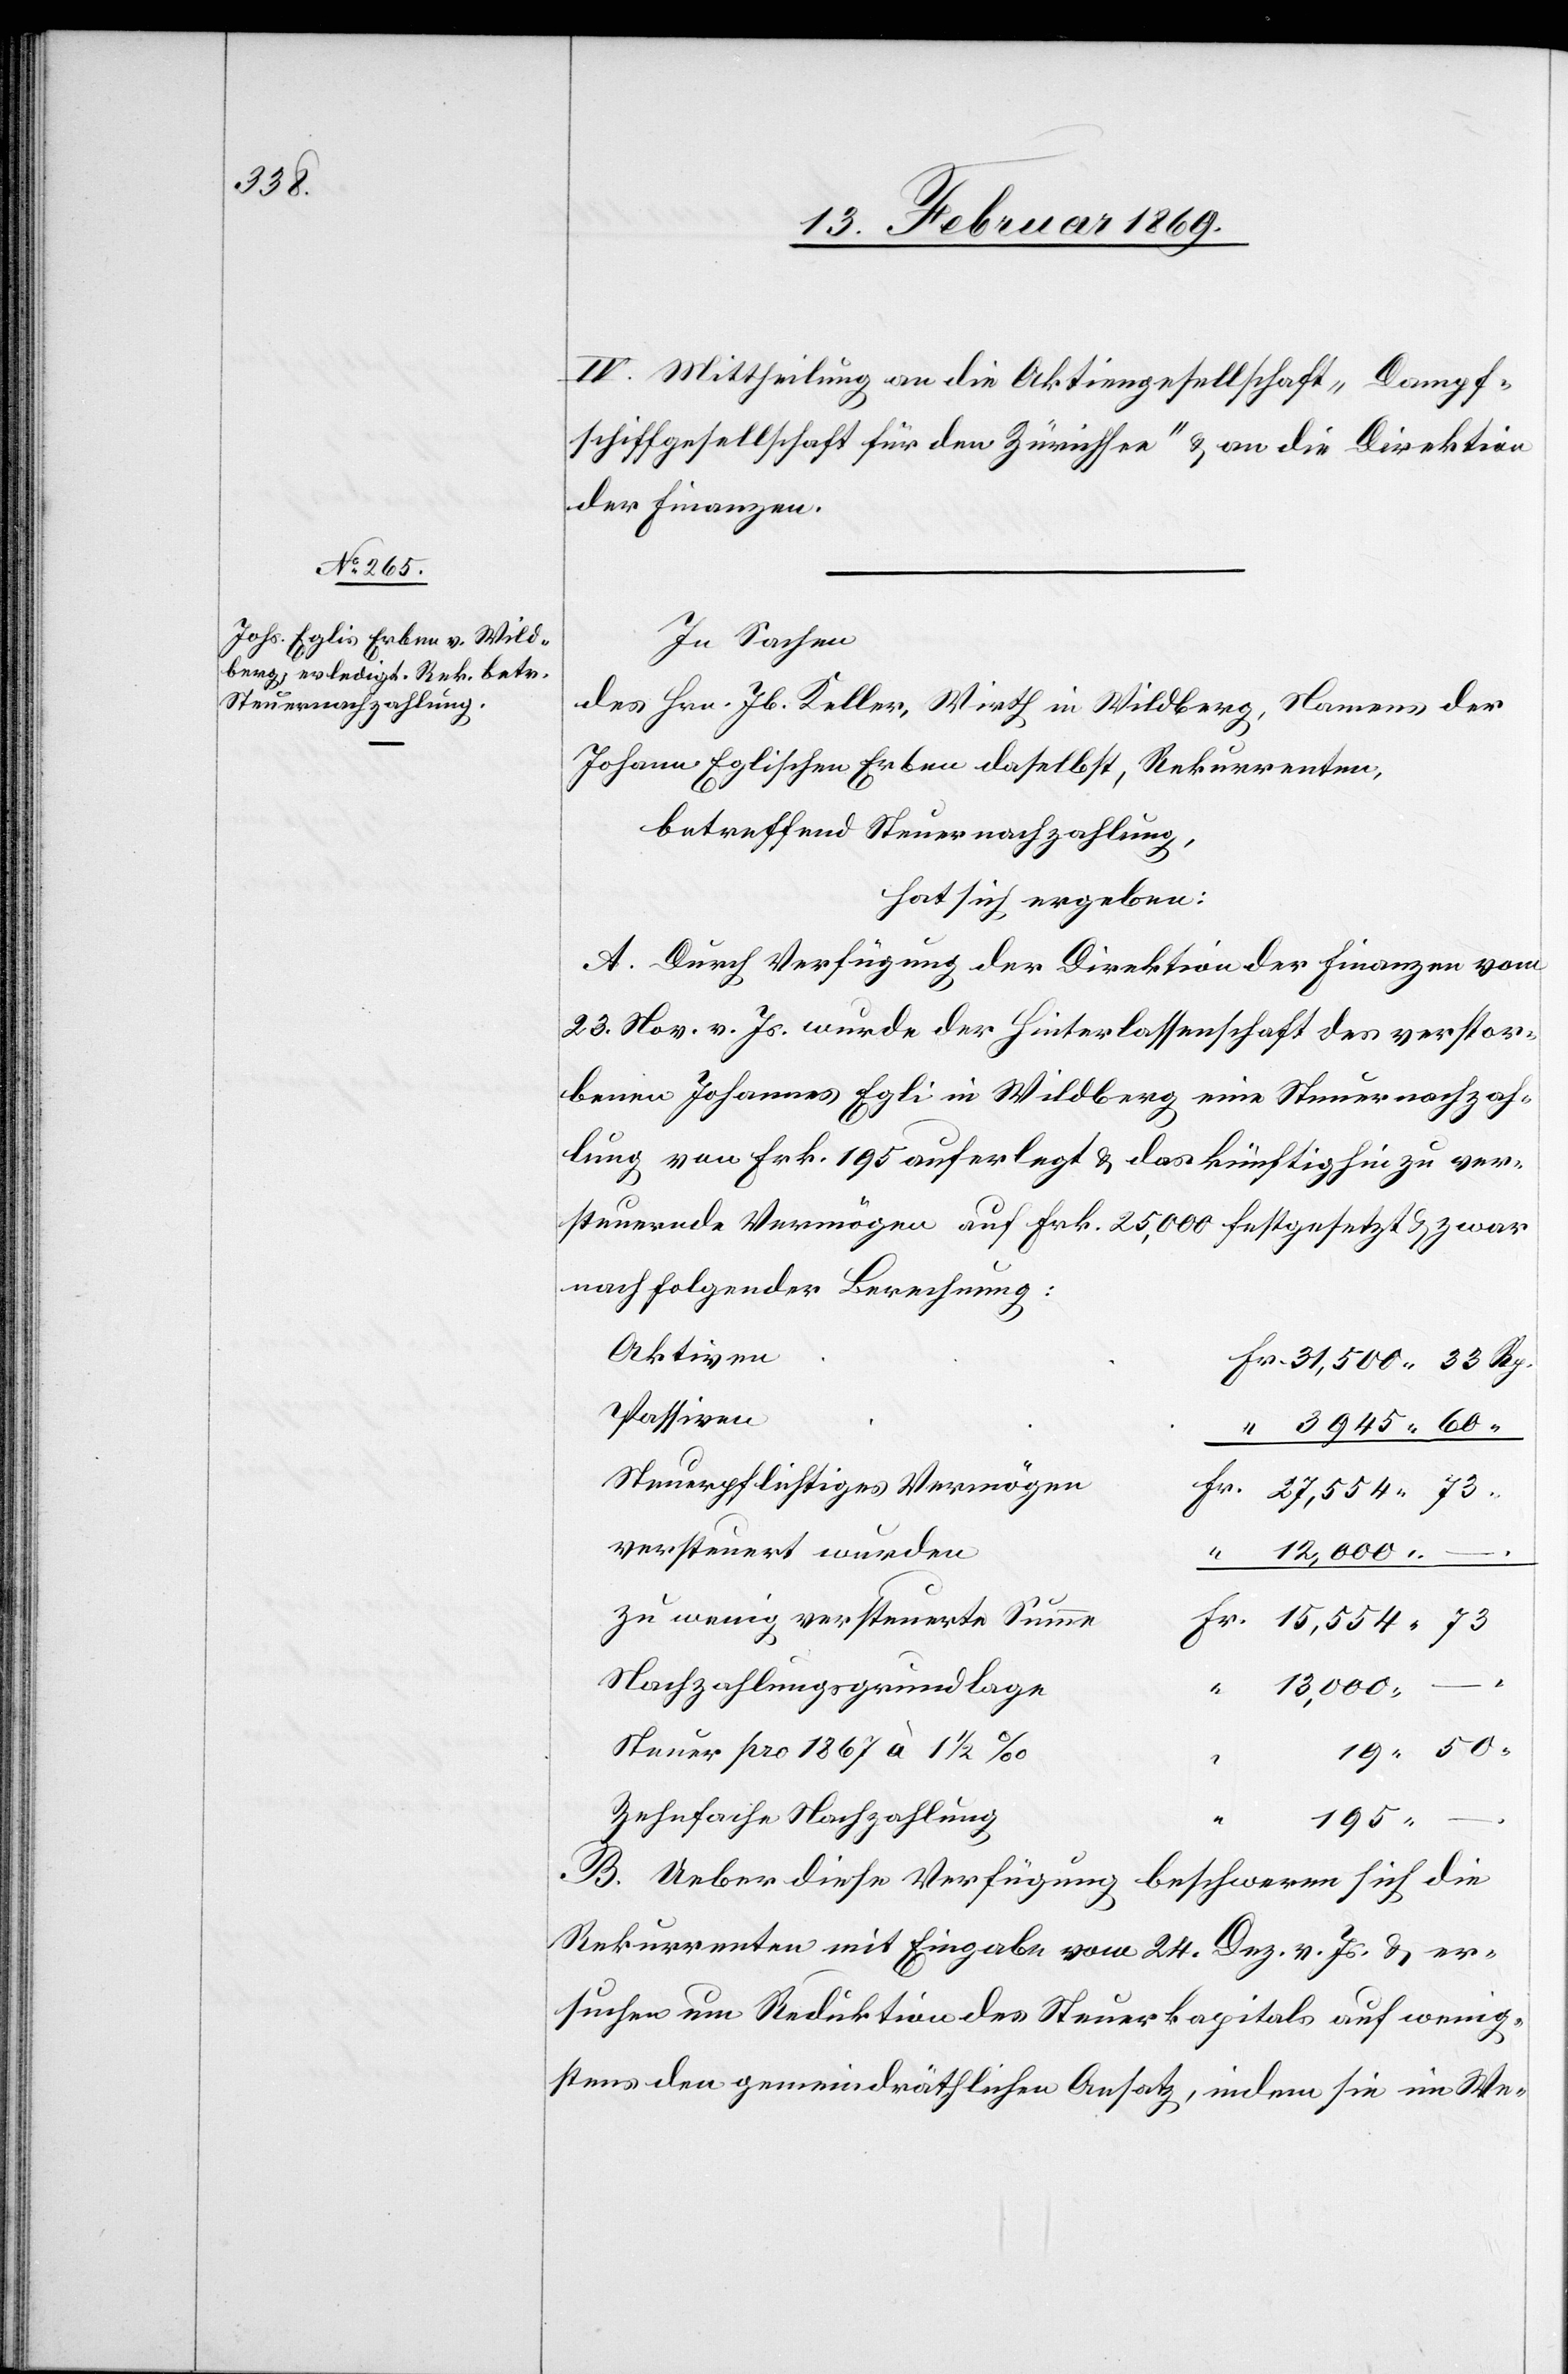
3945.60.

IV. Mittheilung an die Aktiengesellschaft „Dampf¬
schiffgesellschaft für den Zürichsee“ u. an die Direktion
der Finanzen.
In Sachen
des Hrn. Jb. Keller, Wirth in Wildberg, Namens der
Johann Eglischen Erben daselbst, Rekurrenten,
betreffend Steuernachzahlung,
hat sich ergeben:
A. Durch Verfügung der Direktion der Finanzen vom
23. Nov. v. Js. wurde der Hinterlassenschaft des verstor¬
benen Johannes Egli in Wildberg eine Steuernachzah¬
lung von Frk. 195 auferlegt u. das künftighin zu ver¬
steuernde Vermögen auf Frk. 25,000 festgesetzt u. zwar
nach folgender Berechnung:
Steuerpflichtiges Vermöge¬
r. 27,554.73.
versteuert wurden
12,000. –
“
zu wenig versteuerte Summ¬
r. 15,554.73
Nachzahlungsgrundlag¬
13,000. –.
Steuer pro 1867 à 1
19.50.
Zehnfache Nachzahlung
e
195.
–.
B. Ueber diese Verfügung beschweren sich die
Rekurrenten mit Eingabe vom 24. Dez. v. Js. u. er¬
suchen um Reduktion des Steuerkapitals auf wenig¬
stens den gemeindräthlichen Ansatz, indem sie im We-